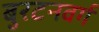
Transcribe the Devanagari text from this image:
बुरटनवर्ग